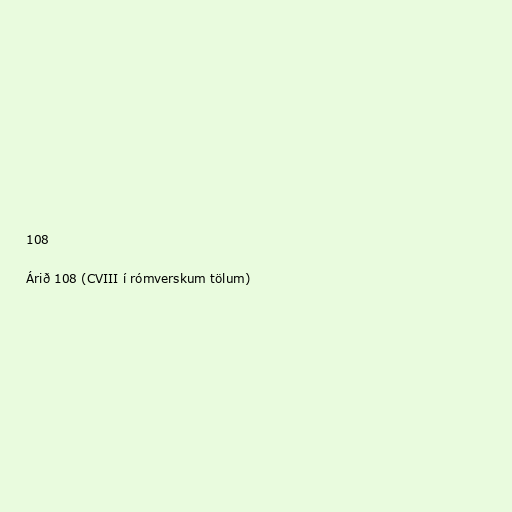
108

Árið 108 (CVIII í rómverskum tölum)